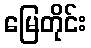
မြေတိုင်း